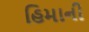
હિમાની